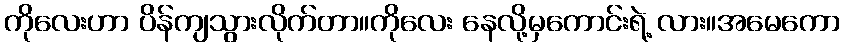
ကိုလေးဟာ ပိန်ကျသွားလိုက်တာ။ကိုလေး နေလို့မှကောင်းရဲ့ လား။အမေကော